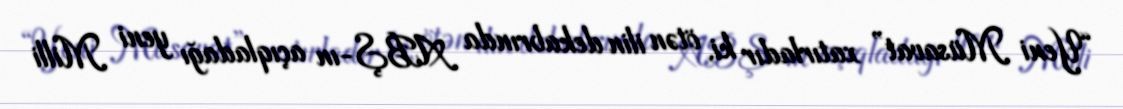
“Yeni Müsavat” xatırladır ki, ötən ilin dekabrında ABŞ-ın açıqladağı yeni Milli